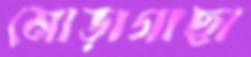
মোড়াগাছা